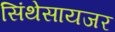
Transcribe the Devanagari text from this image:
सिंथेसायजर